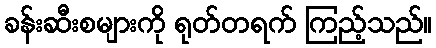
ခန်းဆီးစများကို ရုတ်တရက် ကြည့်သည်။